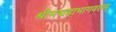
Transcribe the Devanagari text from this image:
श्रीमद्महाभागवतम्